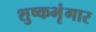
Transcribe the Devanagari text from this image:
शुष्कभृंगार